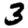
Digit: 3